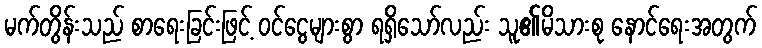
မက်တွိန်းသည် စာရေးခြင်းဖြင့် ဝင်ငွေများစွာ ရရှိသော်လည်း သူ၏မိသားစု နောင်ရေးအတွက်